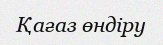
Қағаз өндіру